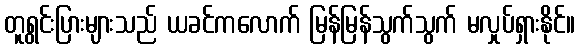
တူရွင်းပြားများသည် ယခင်ကလောက် မြန်မြန်သွက်သွက် မလှုပ်ရှားနိုင်။